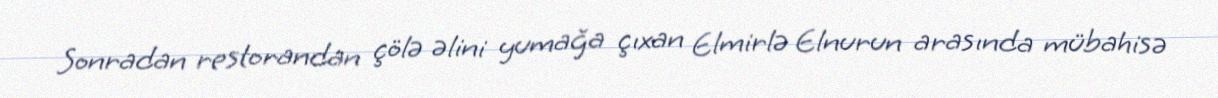
Sonradan restorandan çölə əlini yumağa çıxan Elmirlə Elnurun arasında mübahisə